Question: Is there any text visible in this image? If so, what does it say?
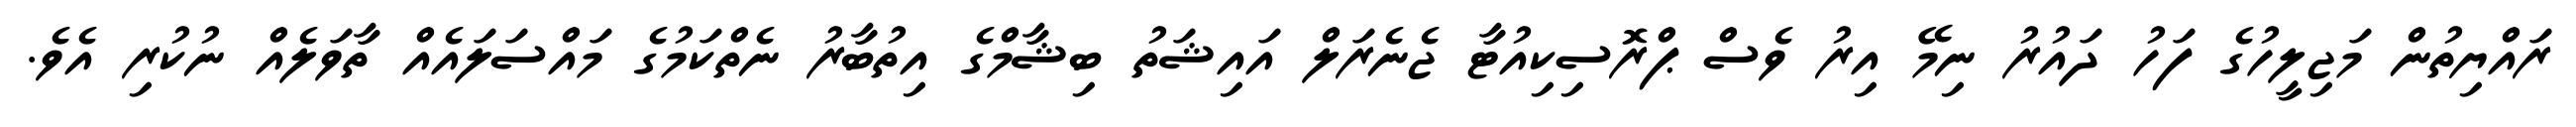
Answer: ރައްޔިތުން މަޖިލީހުގެ ފަހު ދައުރު ނިމޭ އިރު ވެސް ޕްރޮސިކިއުޓާ ޖެނެރަލް އައިޝަތު ބިޝާމްގެ އިތުބާރު ނެތްކަމުގެ މައްސަލައެއް ތާވަލެއް ނުކުރި އެވެ.